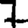
Digit: 7